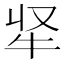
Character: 𭷘